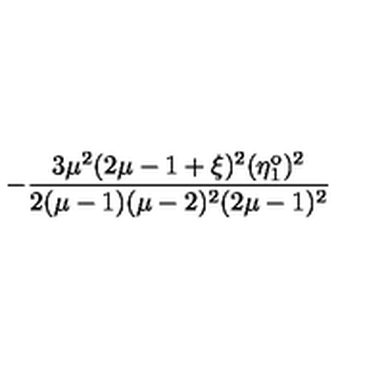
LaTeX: - \frac { 3 \mu ^ { 2 } ( 2 \mu - 1 + \xi ) ^ { 2 } ( \eta _ { 1 } ^ { \mathrm { o } } ) ^ { 2 } } { 2 ( \mu - 1 ) ( \mu - 2 ) ^ { 2 } ( 2 \mu - 1 ) ^ { 2 } }